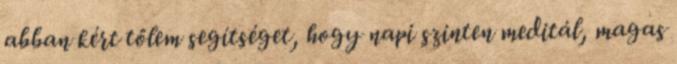
abban kért tőlem segítséget, hogy napi szinten meditál, magas